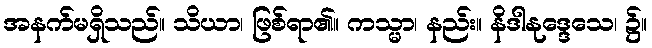
အနက်မရှိသည်။ သိယာ၊ ဖြစ်ရာ၏။ ကသ္မာ၊ နည်း။ နိဒါနုဒ္ဒေသေ၊ ၌။